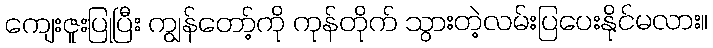
ကျေးဇူးပြုပြီး ကျွန်တော့်ကို ကုန်တိုက် သွားတဲ့လမ်းပြပေးနိုင်မလား။